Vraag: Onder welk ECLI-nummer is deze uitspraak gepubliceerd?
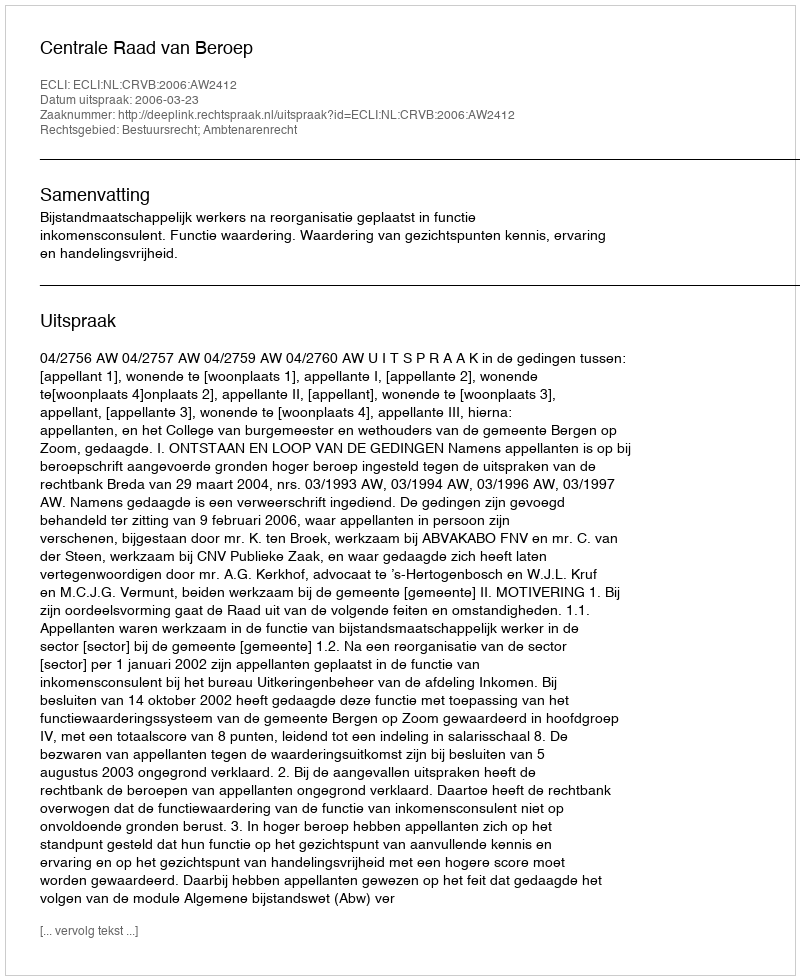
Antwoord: ECLI:NL:CRVB:2006:AW2412